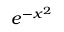
e ^ { - x ^ { 2 } }